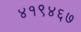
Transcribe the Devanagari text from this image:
४१९४६७